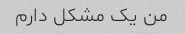
من یک مشکل دارم